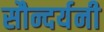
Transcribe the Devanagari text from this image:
सौन्दर्यनी